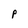
Character: p